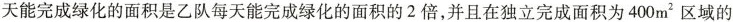
天能完成绿化的面积是乙队每天能完成绿化的面积的2倍，并且在独立完成面积为400m^{2} 区域的